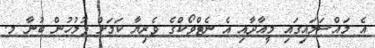
އެ މައްސަލައިގައި މީއާދާއި އެ ނެޓްވޯކްގެ ވެރިޔާ ކަމަށް ފުލުހުން ބުނާ މ.